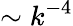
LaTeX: \sim k^{-4}